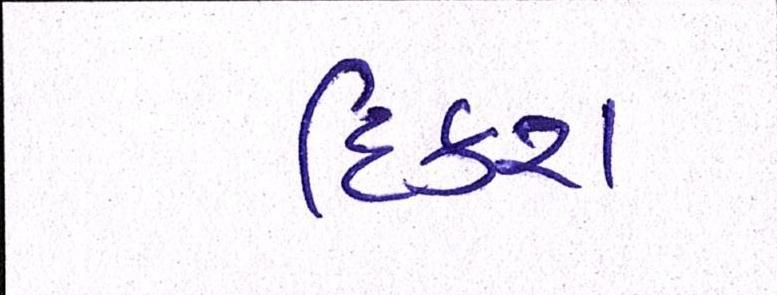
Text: દિકરા